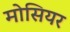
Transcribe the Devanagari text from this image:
मोसियर